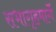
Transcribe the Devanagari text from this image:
सभागृहमार्गे